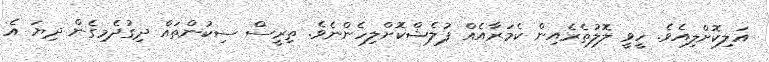
އަލިކޮށްލިއެވެ. ހީވީ ލޮލުތެރެއިން ކެމަރާއެއް ފުލެޝްކޮށްލިހެންނެވެ. ތިރީސް ސިކުންތައް ދިގުދެމިގެން ދިޔަ އެ